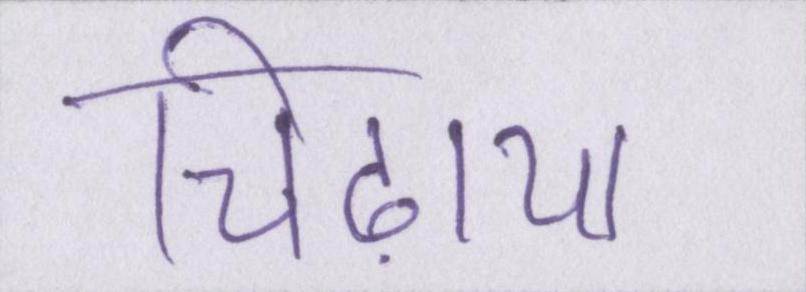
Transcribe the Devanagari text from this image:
चिढ़ाया